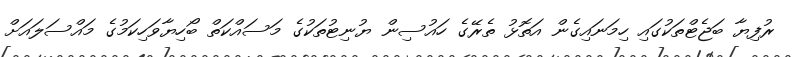
ރުފިޔާ ބަޖެޓްތަކުގައި ހިމަނައިގެން އަތޮޅު ތެރޭގެ ހައުސިން ޔުނިޓުތަކުގެ މަސައްކަތް ބޯހިޔާވަހިކަމުގެ މައްސަލައަށް